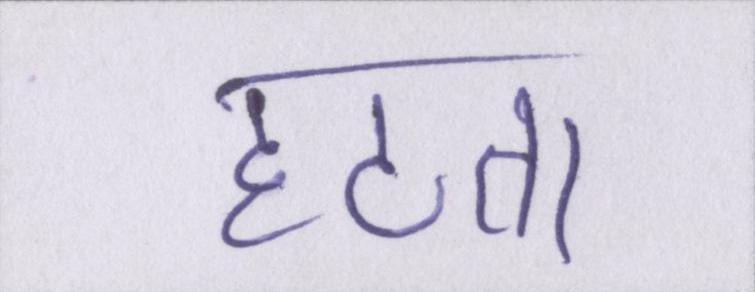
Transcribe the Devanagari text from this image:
हटता।